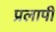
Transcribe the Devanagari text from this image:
प्रलापी